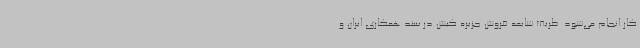
کار انجام می‌شود. ظریف شایعه فروش جزیره کیش در سند همکاری ایران و